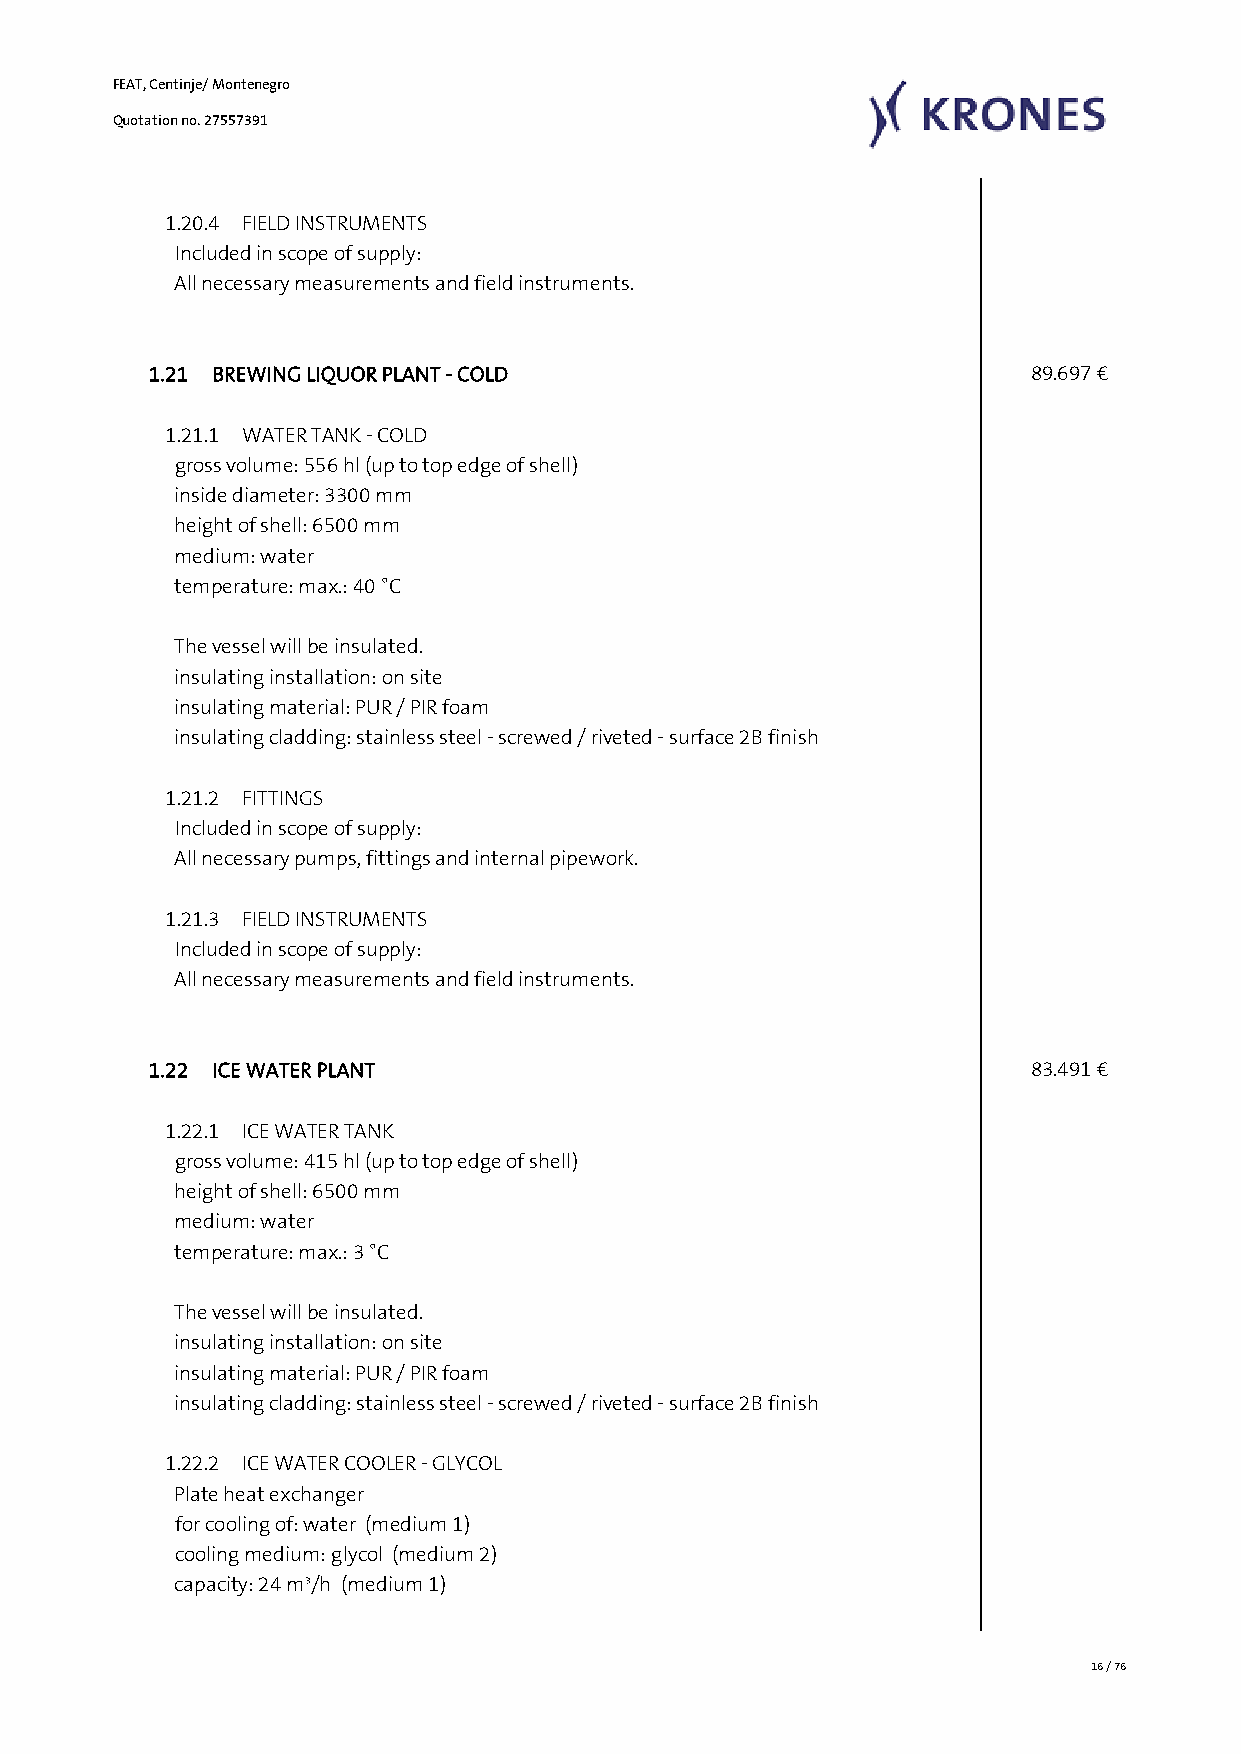
FEAT, Centinje/ Montenegro
 Quotation no. 27557391
 1.20.4 FIELD INSTRUMENTS
 Included in scope of supply:
 All necessary measurements and field instruments.
 1.21 BREWING LIQUOR PLANT - COLD                           89.697 €
 1.21.1 WATER TANK - COLD
 gross volume: 556 hl (up to top edge of shell)
 inside diameter: 3300 mm
 height of shell: 6500 mm
 medium: water
 temperature: max.: 40 °C
 The vessel will be insulated.
 insulating installation: on site
 insulating material: PUR / PIR foam
 insulating cladding: stainless steel - screwed / riveted - surface 2B finish
 1.21.2 FITTINGS
 Included in scope of supply:
 All necessary pumps, fittings and internal pipework.
 1.21.3 FIELD INSTRUMENTS
 Included in scope of supply:
 All necessary measurements and field instruments.
 1.22 ICE WATER PLANT                                       83.491 €
 1.22.1 ICE WATER TANK
 gross volume: 415 hl (up to top edge of shell)
 height of shell: 6500 mm
 medium: water
 temperature: max.: 3 °C
 The vessel will be insulated.
 insulating installation: on site
 insulating material: PUR / PIR foam
 insulating cladding: stainless steel - screwed / riveted - surface 2B finish
 1.22.2 ICE WATER COOLER - GLYCOL
 Plate heat exchanger
 for cooling of: water (medium 1)
 cooling medium: glycol (medium 2)
 capacity: 24 m³/h (medium 1)
 16 / 76